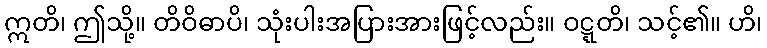
ဣတိ၊ ဤသို့။ တိဝိဓာပိ၊ သုံးပါးအပြားအားဖြင့်လည်း။ ဝဋ္ဋတိ၊ သင့်၏။ ဟိ၊